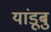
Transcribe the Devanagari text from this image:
यांडूबु